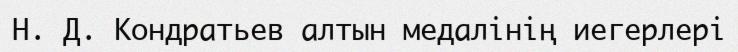
Н. Д. Кондратьев алтын медалінің иегерлері